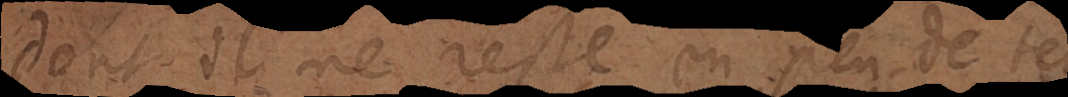
dont il ne reste en peu de temps